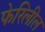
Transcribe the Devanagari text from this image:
फेरिलील